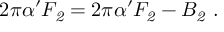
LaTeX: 2 \pi \alpha ^ { \prime } { \cal F } _ { \it 2 } = 2 \pi \alpha ^ { \prime } F _ { \it 2 } - B _ { \it 2 } \ .